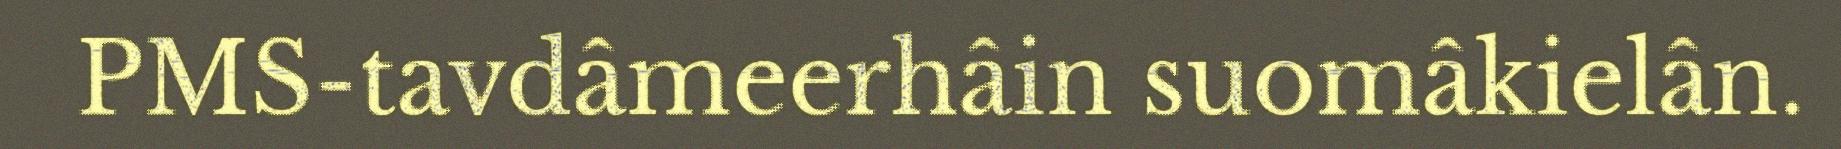
PMS-tavdâmeerhâin suomâkielân.